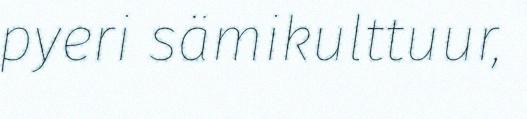
pyeri sämikulttuur,